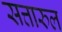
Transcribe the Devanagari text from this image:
सत्तारुल